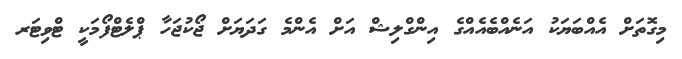
މިގޮތަށް އެއްބަޔަކު އަނެއްބެއެއްގެ އިންގްލިޝް އަށް އެންމެ ގަދަޔަށް ޖޯކުޖަހާ ޕްލެޓްފޯމަކީ ޓްވިޓަރ